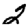
Digit: 2